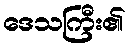
ဒေသကြီး၏